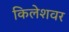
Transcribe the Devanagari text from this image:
किलेशवर